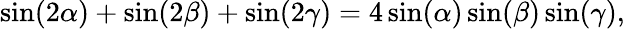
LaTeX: \sin(2\alpha)+\sin(2\beta)+\sin(2\gamma)=4\sin(\alpha)\sin(\beta)\sin(\gamma),